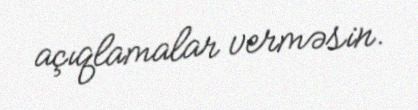
açıqlamalar verməsin.